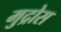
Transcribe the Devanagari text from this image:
मुद्रोस